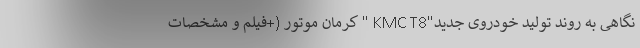
نگاهی به روند تولید خودروی جدید"KMC T8 " کرمان موتور (+فیلم و مشخصات